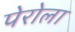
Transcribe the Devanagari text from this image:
पेरोला